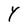
Character: Y